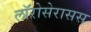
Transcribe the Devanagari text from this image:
लॉरोसेरासस